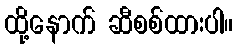
ထို့နောက် ဆီစစ်ထားပါ။